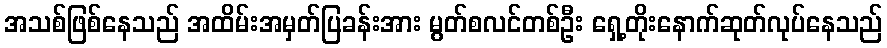
အသစ်ဖြစ်နေသည် အထိမ်းအမှတ်ပြခန်းအား မွတ်စလင်တစ်ဦး ရှေ့တိုးနောက်ဆုတ်လုပ်နေသည်